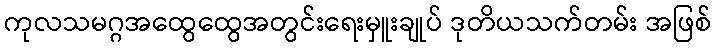
ကုလသမဂ္ဂအထွေထွေအတွင်းရေးမှူးချုပ် ဒုတိယသက်တမ်း အဖြစ်